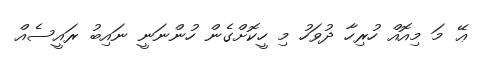
ޢޭ މަ މިއޮއް ހުރިހާ ދުވަހު މި ހީކޮށްގެން ހުންނަނީ ނައިބު ރައީސެއް